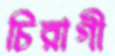
চিরাগী